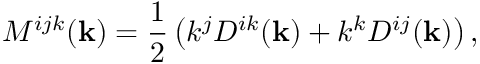
M ^ { i j k } ( { \bf { k } } ) = \frac { 1 } { 2 } \left( k ^ { j } D ^ { i k } ( { \bf { k } } ) + k ^ { k } D ^ { i j } ( { \bf { k } } ) \right) ,